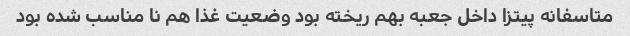
متاسفانه پیتزا داخل جعبه بهم ریخته بود وضعیت غذا هم نا مناسب شده بود